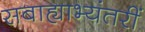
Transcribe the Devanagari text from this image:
सबाह्याभ्यंतरीं